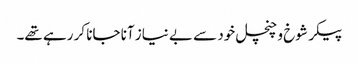
پیکر شوخ و چنچل خود سے بے نیاز آنا جانا کر رہے تھے۔